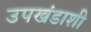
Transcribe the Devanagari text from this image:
उपखंडाशी